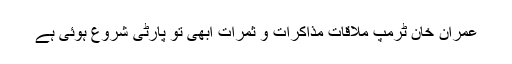
عمران خان ٹرمپ ملاقات مذاکرات و ثمرات ابھی تو پارٹی شروع ہوئی ہے